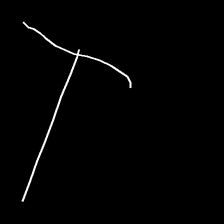
Glyph: column